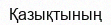
Қазықтының